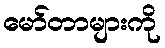
မော်တာများကို